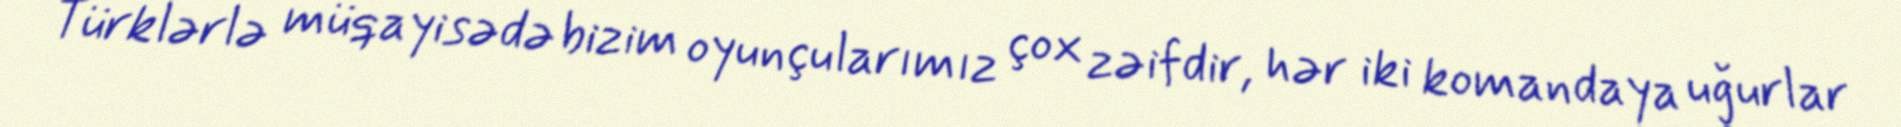
Türklərlə müqayisədə bizim oyunçularımız çox zəifdir, hər iki komandaya uğurlar